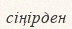
сіңірден